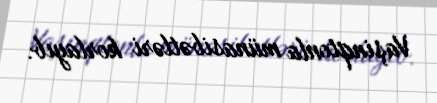
Vaşinqtonla münasibətləri korlayıb.